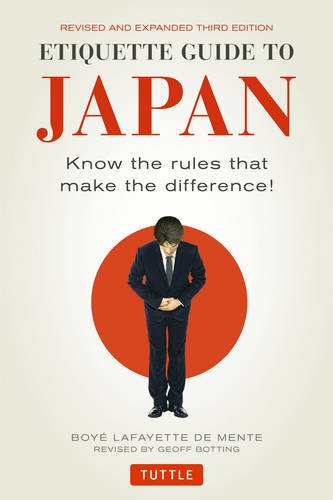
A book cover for Etiquette Guide to Japan: Know the Rules that Make the Difference! (Third Edition); Boye Lafayette De Mente; Business & Money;